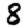
Digit: 8